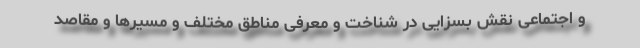
و اجتماعی نقش بسزایی در شناخت و معرفی مناطق مختلف و مسیرها و مقاصد